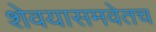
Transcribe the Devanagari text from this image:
शेवयासमवेतच